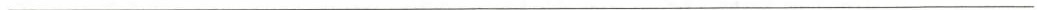
___